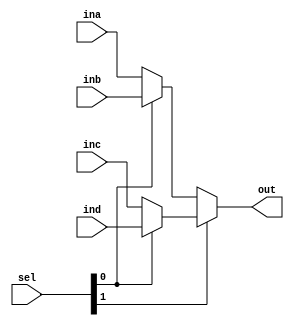
module muxfour #(parameter w = 8) ( ina, inb, inc, ind, sel, out );
	input[ w-1:0] ina, inb, inc, ind;
	output [ w-1:0] out;
	input[1:0] sel;
	
	assign out = sel[1] ? (sel[0] ? ind : inc) : (sel[0] ? inb : ina);
	
endmodule